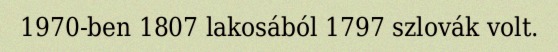
1970-ben 1807 lakosából 1797 szlovák volt.